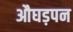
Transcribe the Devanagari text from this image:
औघड़पन